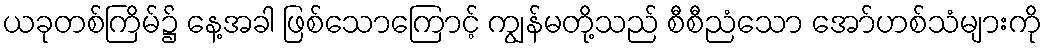
ယခုတစ်ကြိမ်၌ နေ့အခါ ဖြစ်သောကြောင့် ကျွန်မတို့သည် စီစီညံသော အော်ဟစ်သံများကို